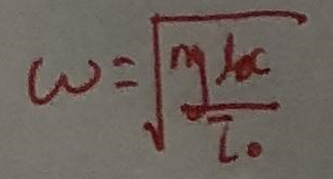
\(\omega = \sqrt{\frac{k}{m}}\)